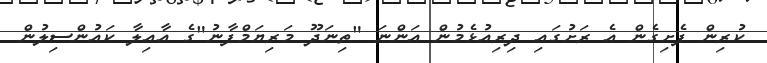
ކުރިން ފެށިގެން އެ ރަށުގައި ދިރިއުޅެމުން އަންނަ "ތިނަދޫ މަރިޔަމްފާނު"ގެ އާއިލާ ކައުންސިލުން